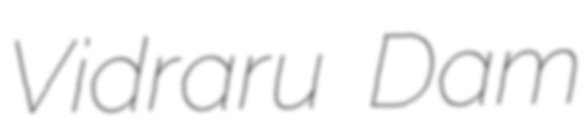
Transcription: Vidraru Dam